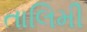
તાલિમી